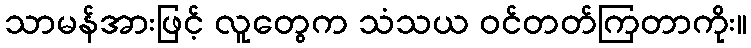
သာမန်အားဖြင့် လူတွေက သံသယ ဝင်တတ်ကြတာကိုး။